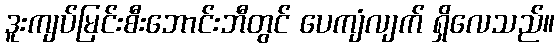
ဒူးကျပ်မြင်းစီးဘောင်းဘီတွင် ပေကျံလျက် ရှိလေသည်။